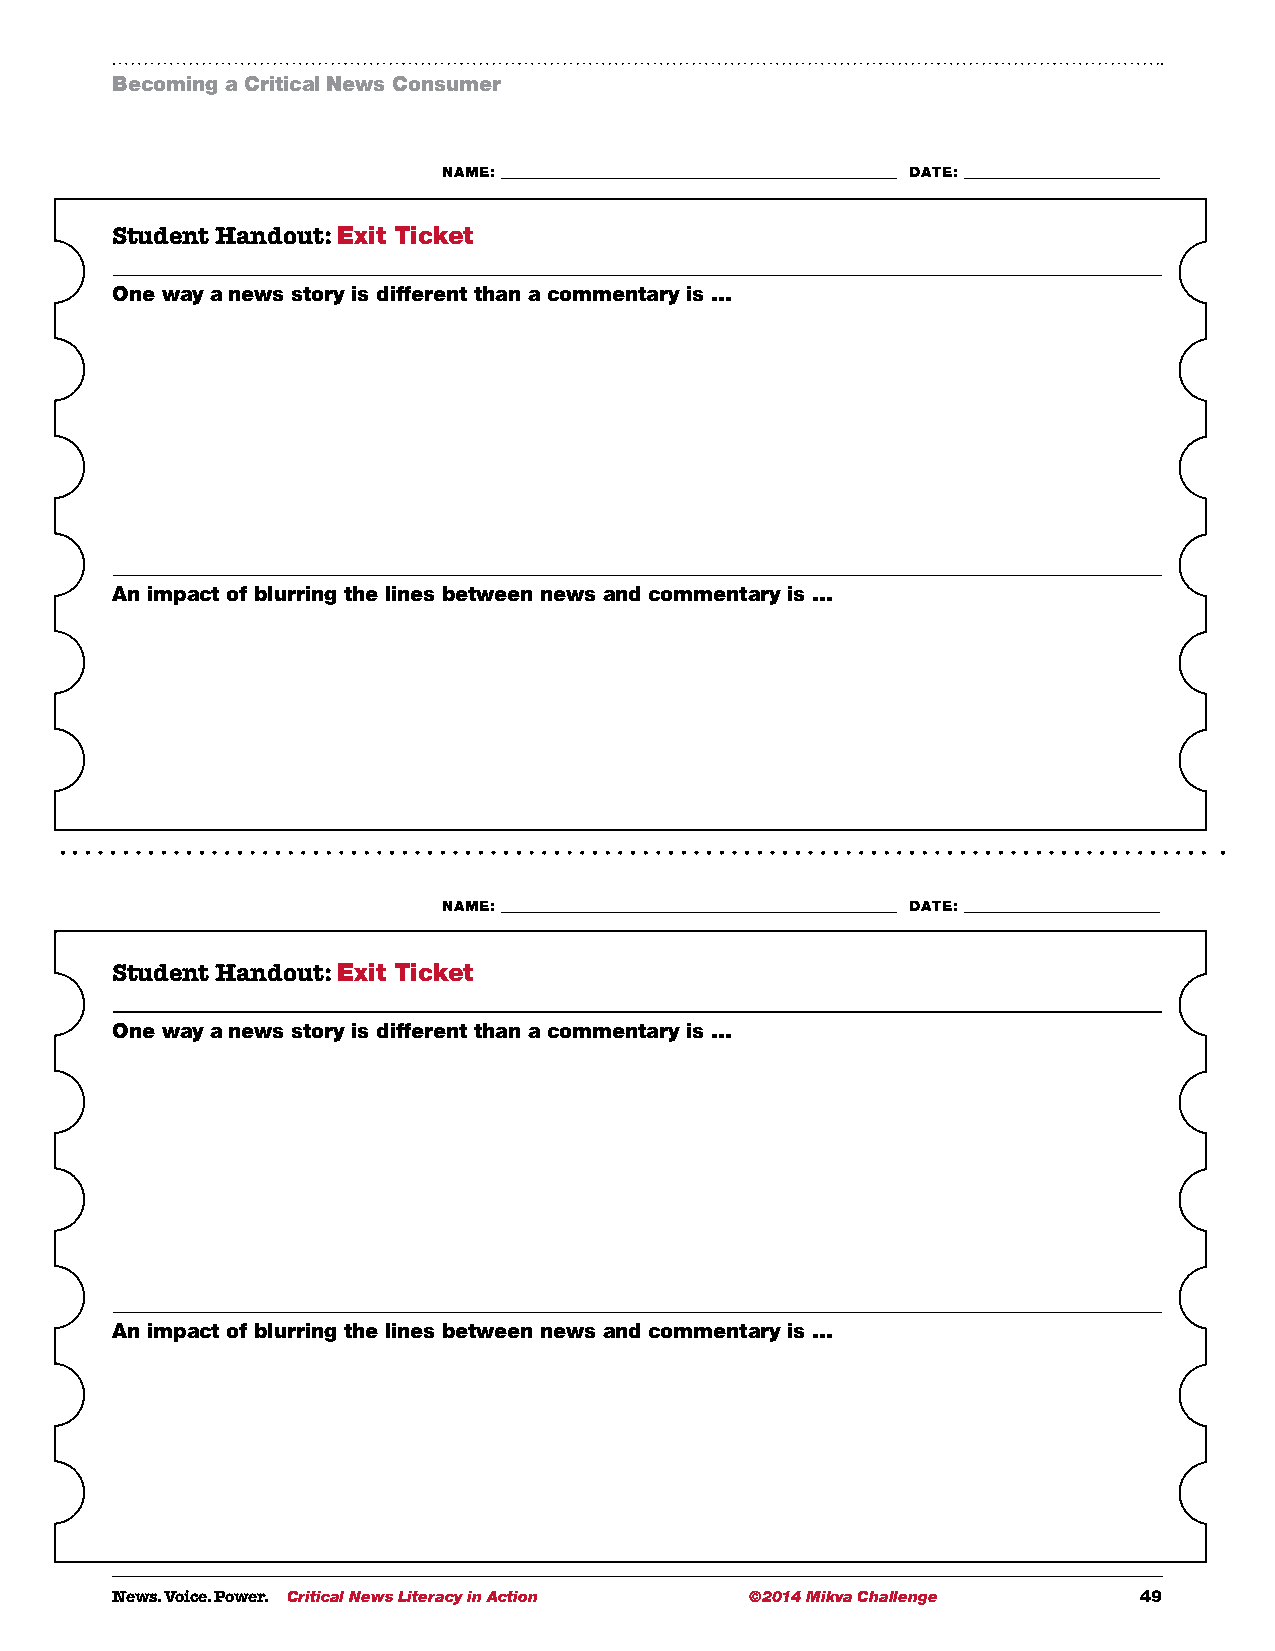
Becoming a Critical News Consumer
 NNAAMMEE:: ______________________________________________________________________________________________________________________ DDAATTEE:: __________________________________________________________
 Student Handout: Exit Ticket
 One way a news story is different than a commentary is …
 An impact of blurring the lines between news and commentary is …
 NAME: ___________________________________________________________ DATE: _____________________________
 Student Handout: Exit Ticket
 One way a news story is different than a commentary is …
 An impact of blurring the lines between news and commentary is …
 News. Voice. Power. Critical News Literacy in Action ©2014 Mikva Challenge 49